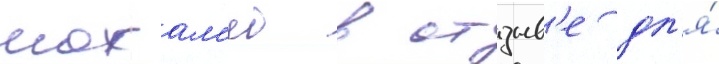
мохам'ед в отзыв'е дл'я́